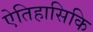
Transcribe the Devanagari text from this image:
ऐतिहासिकि